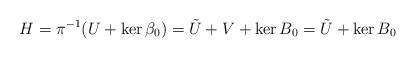
LaTeX: \begin{align*} H = \pi^{-1}(U + \ker \beta_0) = \tilde{U} + V + \ker B_0 = \tilde{U} + \ker B_0\end{align*}